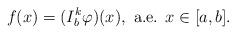
LaTeX: \begin{align*}f(x)=(I_b^k \varphi)(x),\mbox{ a.e. } x\in [a,b].\end{align*}